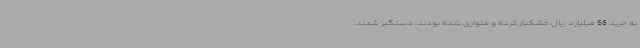
به خرید 66 میلیارد ریال خشکبار کرده و متواری شده بودند، دستگیر شدند.